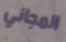
المجاني